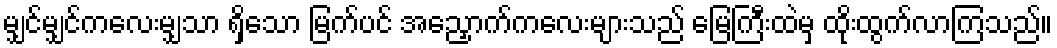
မျှင်မျှင်ကလေးမျှသာ ရှိသော မြက်ပင် အညှောက်ကလေးများသည် မြေကြီးထဲမှ ထိုးထွက်လာကြသည်။